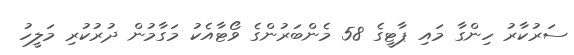
ސަރުކާރު ހިންގާ މައި ޕާޓީގެ 58 މެންބަރުންގެ ވޯޓާއެކު މަގާމުން ދުރުކުރި މަލީހު